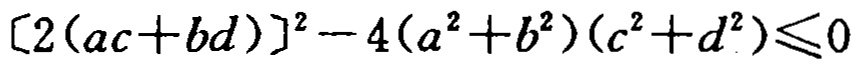
\[ [2(ac + bd)]^{2}-4(a^{2}+b^{2})(c^{2}+d^{2})\leq0 \]